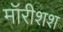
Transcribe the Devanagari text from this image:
मॉरीशश